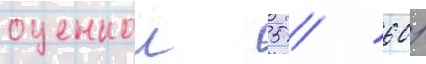
оценкои 5 / 60/